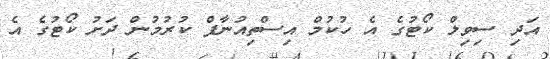
އަދި ސިވިލް ކޯޓުގެ އެ ހުކުމް އިސްތިއުނާފް ކުރުމުން ދަށު ކޯޓުގެ އެ